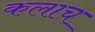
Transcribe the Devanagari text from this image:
कलाच